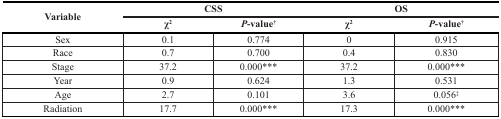
| <ROWSPAN=2> Variable | <COLSPAN=2> CSS | <COLSPAN=2> OS |
 | χ2 | P-value† | χ2 | P-value† |
 | --- | --- | --- | --- | --- |
 | Sex | 0.1 | 0.774 | 0 | 0.915 |
 | Race | 0.7 | 0.700 | 0.4 | 0.830 |
 | Stage | 37.2 | 0.000*** | 37.2 | 0.000*** |
 | Year | 0.9 | 0.624 | 1.3 | 0.531 |
 | Age | 2.7 | 0.101 | 3.6 | 0.056‡ |
 | Radiation | 17.7 | 0.000*** | 17.3 | 0.000*** |